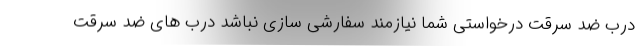
درب ضد سرقت درخواستی شما نیازمند سفارشی سازی نباشد درب های ضد سرقت